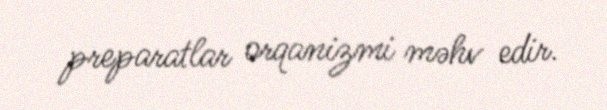
preparatlar orqanizmi məhv edir.